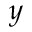
y